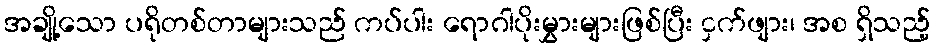
အချို့သော ပရိုတစ်တာများသည် ကပ်ပါး ရောဂါပိုးမွှားများဖြစ်ပြီး ငှက်ဖျား၊ အစ ရှိသည့်